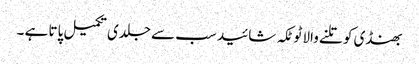
بھنڈی کو تلنے والا ٹوٹکہ شائید سب سے جلدی تکمیل پاتا ہے ۔